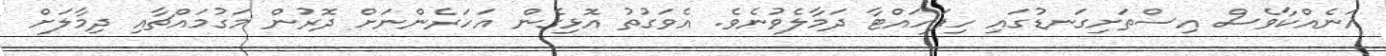
އަނެއްކާވެސް އިސްތަށިގަނޑުގައި ހިފަހައްޓާ ދަމާލެވުނެވެ. އެވަގުތު އޮޅިގެން އަހަރެންނަށް ދޮރުން މަގުމައްޗާއި ދިމާލަށް